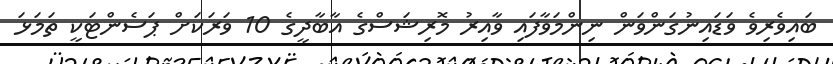
ބައިވެރިވެ ވަޑައިނުގަންވަން ނިންމަވާފައި ވާއިރު މޮރިޝަސްގެ އާބާދީގެ 10 ވަރަކަށް ޕަސެންޓަކީ ތަމަޅަ